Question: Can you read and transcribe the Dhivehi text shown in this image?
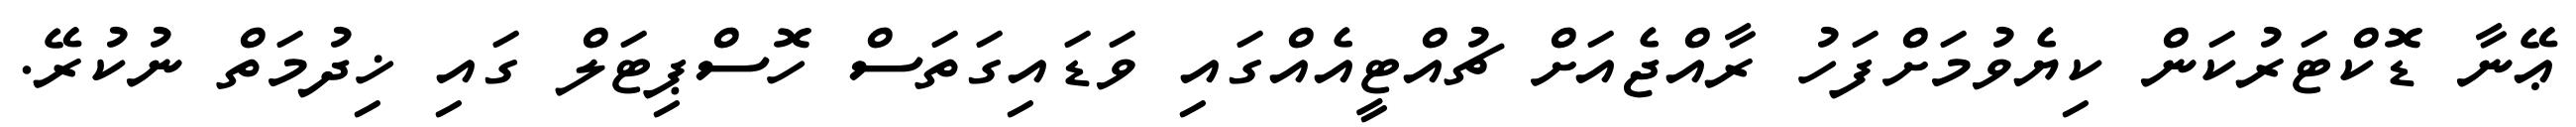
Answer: ޢޭނާ ޑޮކްޓަރުކަން ކިޔެވުމަށްފަހު ރާއްޖެއަށް ޗުއްޓީއެއްގައި ވަޑައިގަތަސް ހޮސްޕިޓަލް ގައި ޚިދުމަތް ނުކުރޭ.